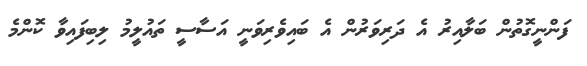
ފަންނީގޮތުން ބަލާއިރު އެ ދަރިވަރުން އެ ބައިވެރިވަނީ އަސާސީ ތައުލީމު ލިބިފައިވާ ކޮންމެ